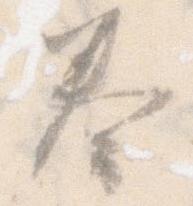
奏